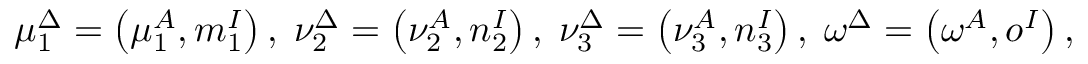
\mu _ { 1 } ^ { \Delta } = \left( \mu _ { 1 } ^ { A } , m _ { 1 } ^ { I } \right) , \; \nu _ { 2 } ^ { \Delta } = \left( \nu _ { 2 } ^ { A } , n _ { 2 } ^ { I } \right) , \; \nu _ { 3 } ^ { \Delta } = \left( \nu _ { 3 } ^ { A } , n _ { 3 } ^ { I } \right) , \; \omega ^ { \Delta } = \left( \omega ^ { A } , o ^ { I } \right) ,